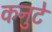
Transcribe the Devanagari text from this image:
कनुटे